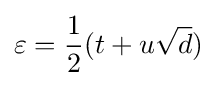
\varepsilon ={\frac {1}{2}}(t+u{\sqrt {d}})